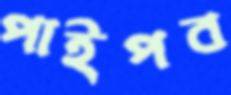
পাইপব